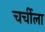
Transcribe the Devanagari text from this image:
चर्चीला